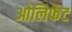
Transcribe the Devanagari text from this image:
ओलिफेंट